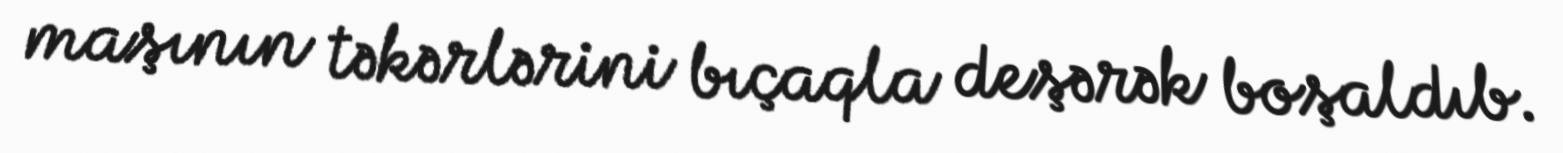
maşının təkərlərini bıçaqla deşərək boşaldıb.